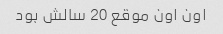
اون اون موقع 20 سالش بود